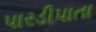
પારડીપાતા